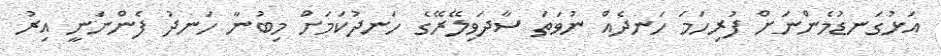
އަޅުގަނޑުމެންނަށް ފުރިހަމަ ހަނދެއް ނުވަތަ ސާދަވިލޭރޭގެ ހަނދުކަމަށް މިބުނާ ހަނދު ފެންނަނީ އިރު